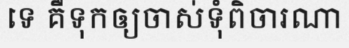
ទេ គឺទុកឲ្យចាស់ទុំពិចារណា